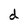
Character: d